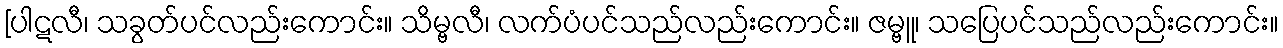
[ပါဋလီ၊ သခွတ်ပင်လည်းကောင်း။ သိမ္ဗလီ၊ လက်ပံပင်သည်လည်းကောင်း။ ဇမ္ဗူ၊ သပြေပင်သည်လည်းကောင်း။